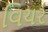
વિયર